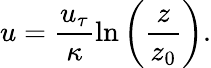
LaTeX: u=\frac{u_{\tau}}{\kappa}\ln{\left(\frac{z}{z_{0}}\right)}.